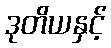
ဒုတိယနှင့်